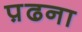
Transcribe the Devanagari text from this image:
प़ढना